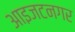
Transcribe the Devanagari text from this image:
आइजटनगर